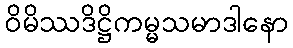
ဝိမိဿဒိဋ္ဌိကမ္မသမာဒါနော